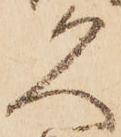
久